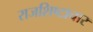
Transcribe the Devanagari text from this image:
राजशिष्टाचार